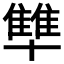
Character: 𪟻